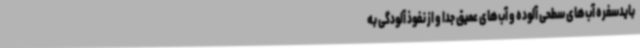
بایدسفره آب‌های سطحی آلوده و آب‌های عمیق جدا و از نفوذ آلودگی به